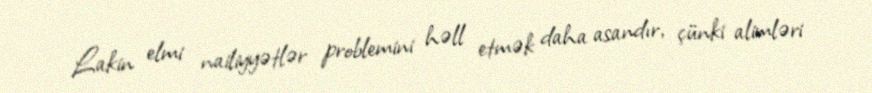
Lakin elmi nailiyyətlər problemini həll etmək daha asandır, çünki alimləri